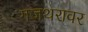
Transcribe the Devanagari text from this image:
गजथरावर